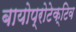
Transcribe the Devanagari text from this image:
बायोप्रोटेक्टिव